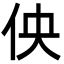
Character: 佒